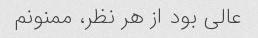
عالی بود از هر نظر، ممنونم